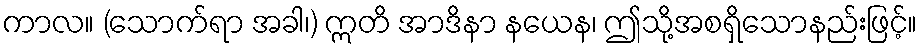
ကာလ။ (သောက်ရာ အခါ၊) ဣတိ အာဒိနာ နယေန၊ ဤသို့အစရှိသောနည်းဖြင့်။